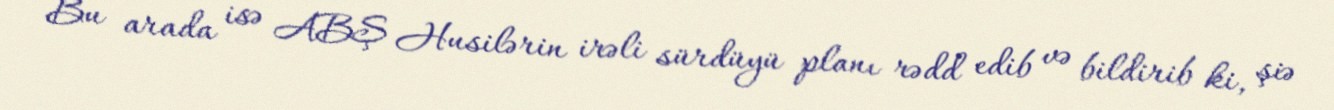
Bu arada isə ABŞ Husilərin irəli sürdüyü planı rədd edib və bildirib ki, şiə